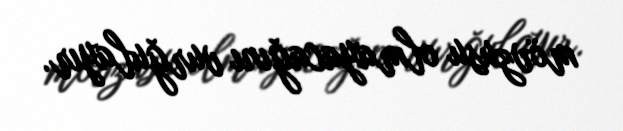
mövzusu olmayacağını vurğulayır.